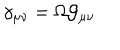
\gamma _ { \mu \nu } = \Omega { \cal G } _ { \mu \nu }